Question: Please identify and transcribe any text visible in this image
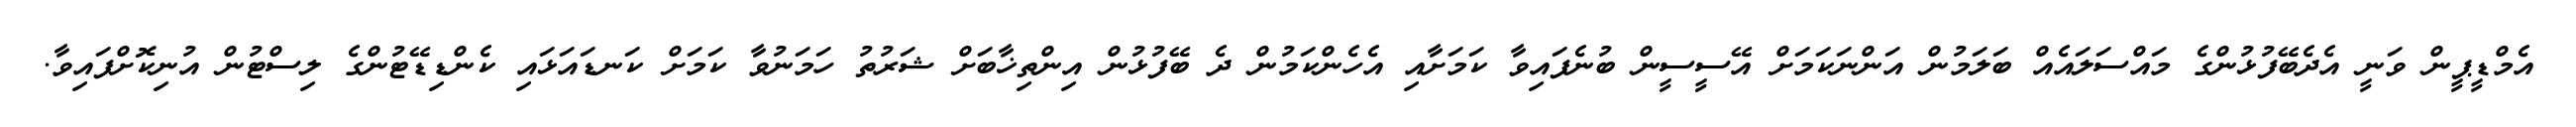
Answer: އެމްޑީޕީން ވަނީ އެދެބޭފުޅުންގެ މައްސަލައެއް ބަލަމުން އަންނަކަމަށް އޭސީސީން ބުނެފައިވާ ކަމަށާއި އެހެންކަމުން ދެ ބޭފުޅުން އިންތިޚާބަށް ޝަރުތު ހަމަނުވާ ކަމަށް ކަނޑައަޅައި ކެންޑިޑޭޓުންގެ ލިސްޓުން އުނިކޮށްފައިވާ.